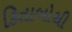
કિતાબોથી